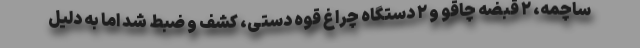
ساچمه، ۲ قبضه چاقو و ۲ دستگاه چراغ قوه دستی، کشف و ضبط شد اما به دلیل